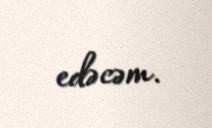
edəcəm.